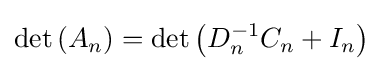
\det \left(A_{n}\right)=\det \left(D_{n}^{-1}C_{n}+I_{n}\right)